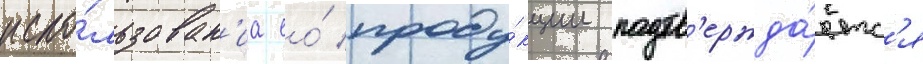
испо́льзован'иа ео́ проду́кции подтв'ержда́етс'я